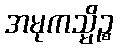
အမုကသ္မိဉ္စ